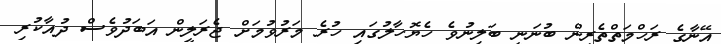
އޭނާގެ ރަހްމަތްތެރިން ބުނަނީ ބަލިނުވެ ހެޔޮހާލުގައި ހުރެ މަރުވުމަށް ޖެރަލީން އަބަދުވެސް ދުއާކުރި